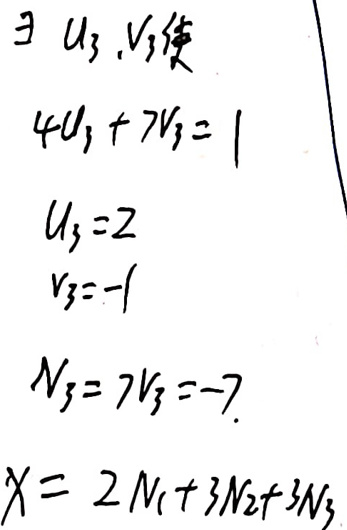
$\exists u_3, v_3  $使\\
$4u_3 + 7v_3 = 1$\\
$u_3 = 2$\\
$v_3=-1$\\
$N_3 = 7v_3=-7$\\
$X = 2N_1+3N_2 + 3N_3$